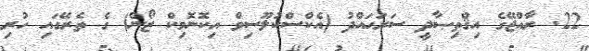
22. ރާއްޖޭގެ އިޤްތިޞާދީ ސަރަޙައްދު (އެކްސްކުލޫސިވް އިކޮނޮމިކް ޒޯން) ގެ ތެރޭގައި ހުރި